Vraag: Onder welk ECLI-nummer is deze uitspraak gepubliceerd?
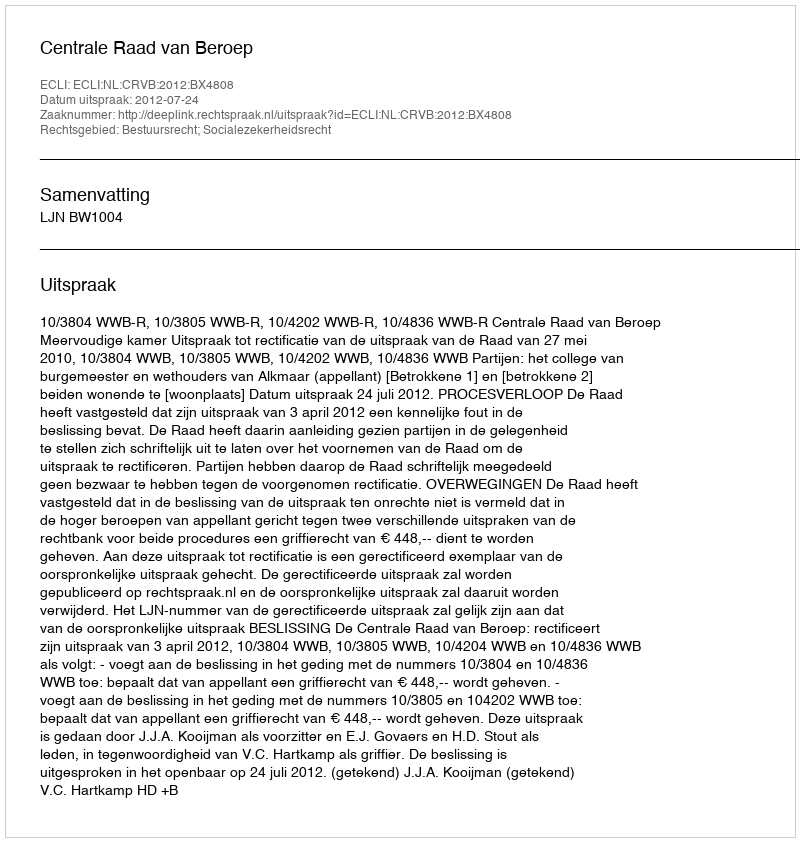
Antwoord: ECLI:NL:CRVB:2012:BX4808